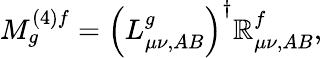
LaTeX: M_{g}^{(4)f}={\left(L_{\mu\nu,AB}^{g}\right)}^{\dagger}\mathbb{R}_{\mu\nu,AB}^{f},